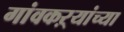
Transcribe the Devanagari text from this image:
गांवकऱ्यांच्या